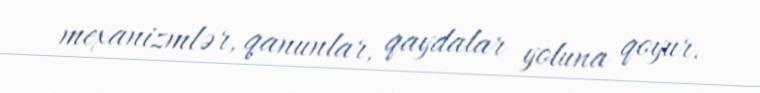
mexanizmlər, qanunlar, qaydalar yoluna qoyur.